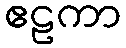
ဧဠကာ